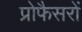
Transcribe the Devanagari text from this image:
प्रोफैसरों